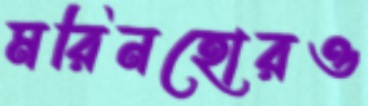
মরিনহোরও